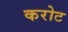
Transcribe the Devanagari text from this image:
करोट